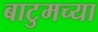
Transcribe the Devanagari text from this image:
बाटुमच्या